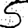
Digit: 5